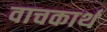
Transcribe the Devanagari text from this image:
वाचकार्थ